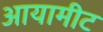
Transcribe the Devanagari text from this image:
आयामीट